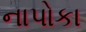
નાપોકા